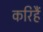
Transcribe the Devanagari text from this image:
करिहैं